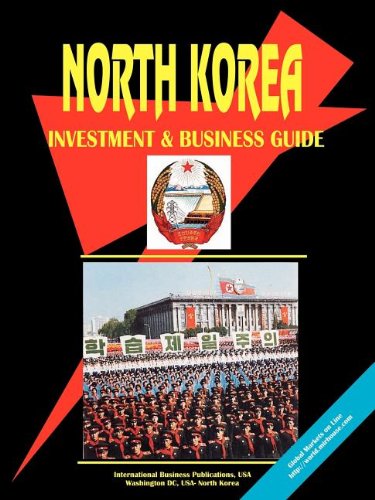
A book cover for Korea North Investment And Business Guide; Ibp Usa; Travel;